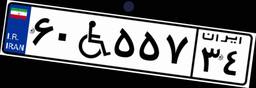
۶۰W۵۵۷۳۴